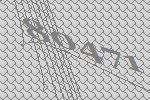
80471